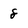
Character: 8